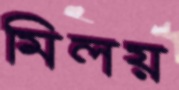
মিলয়